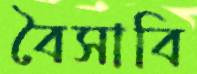
বৈসাবি